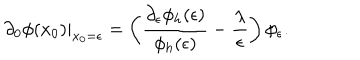
\left. \partial _ { 0 } \phi ( x _ { 0 } ) \right| _ { x _ { 0 } = \epsilon } = \left( { \frac { \partial _ { \epsilon } \phi _ { h } ( \epsilon ) } { \phi _ { h } ( \epsilon ) } } - { \frac { \lambda } { \epsilon } } \right) \phi _ { \epsilon } .